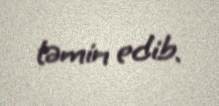
təmin edib.